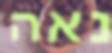
נאה